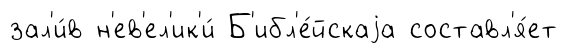
зал'и́в н'ев'ел'ик'и́ Б'ибл'е́йскаjа составл'я́ет